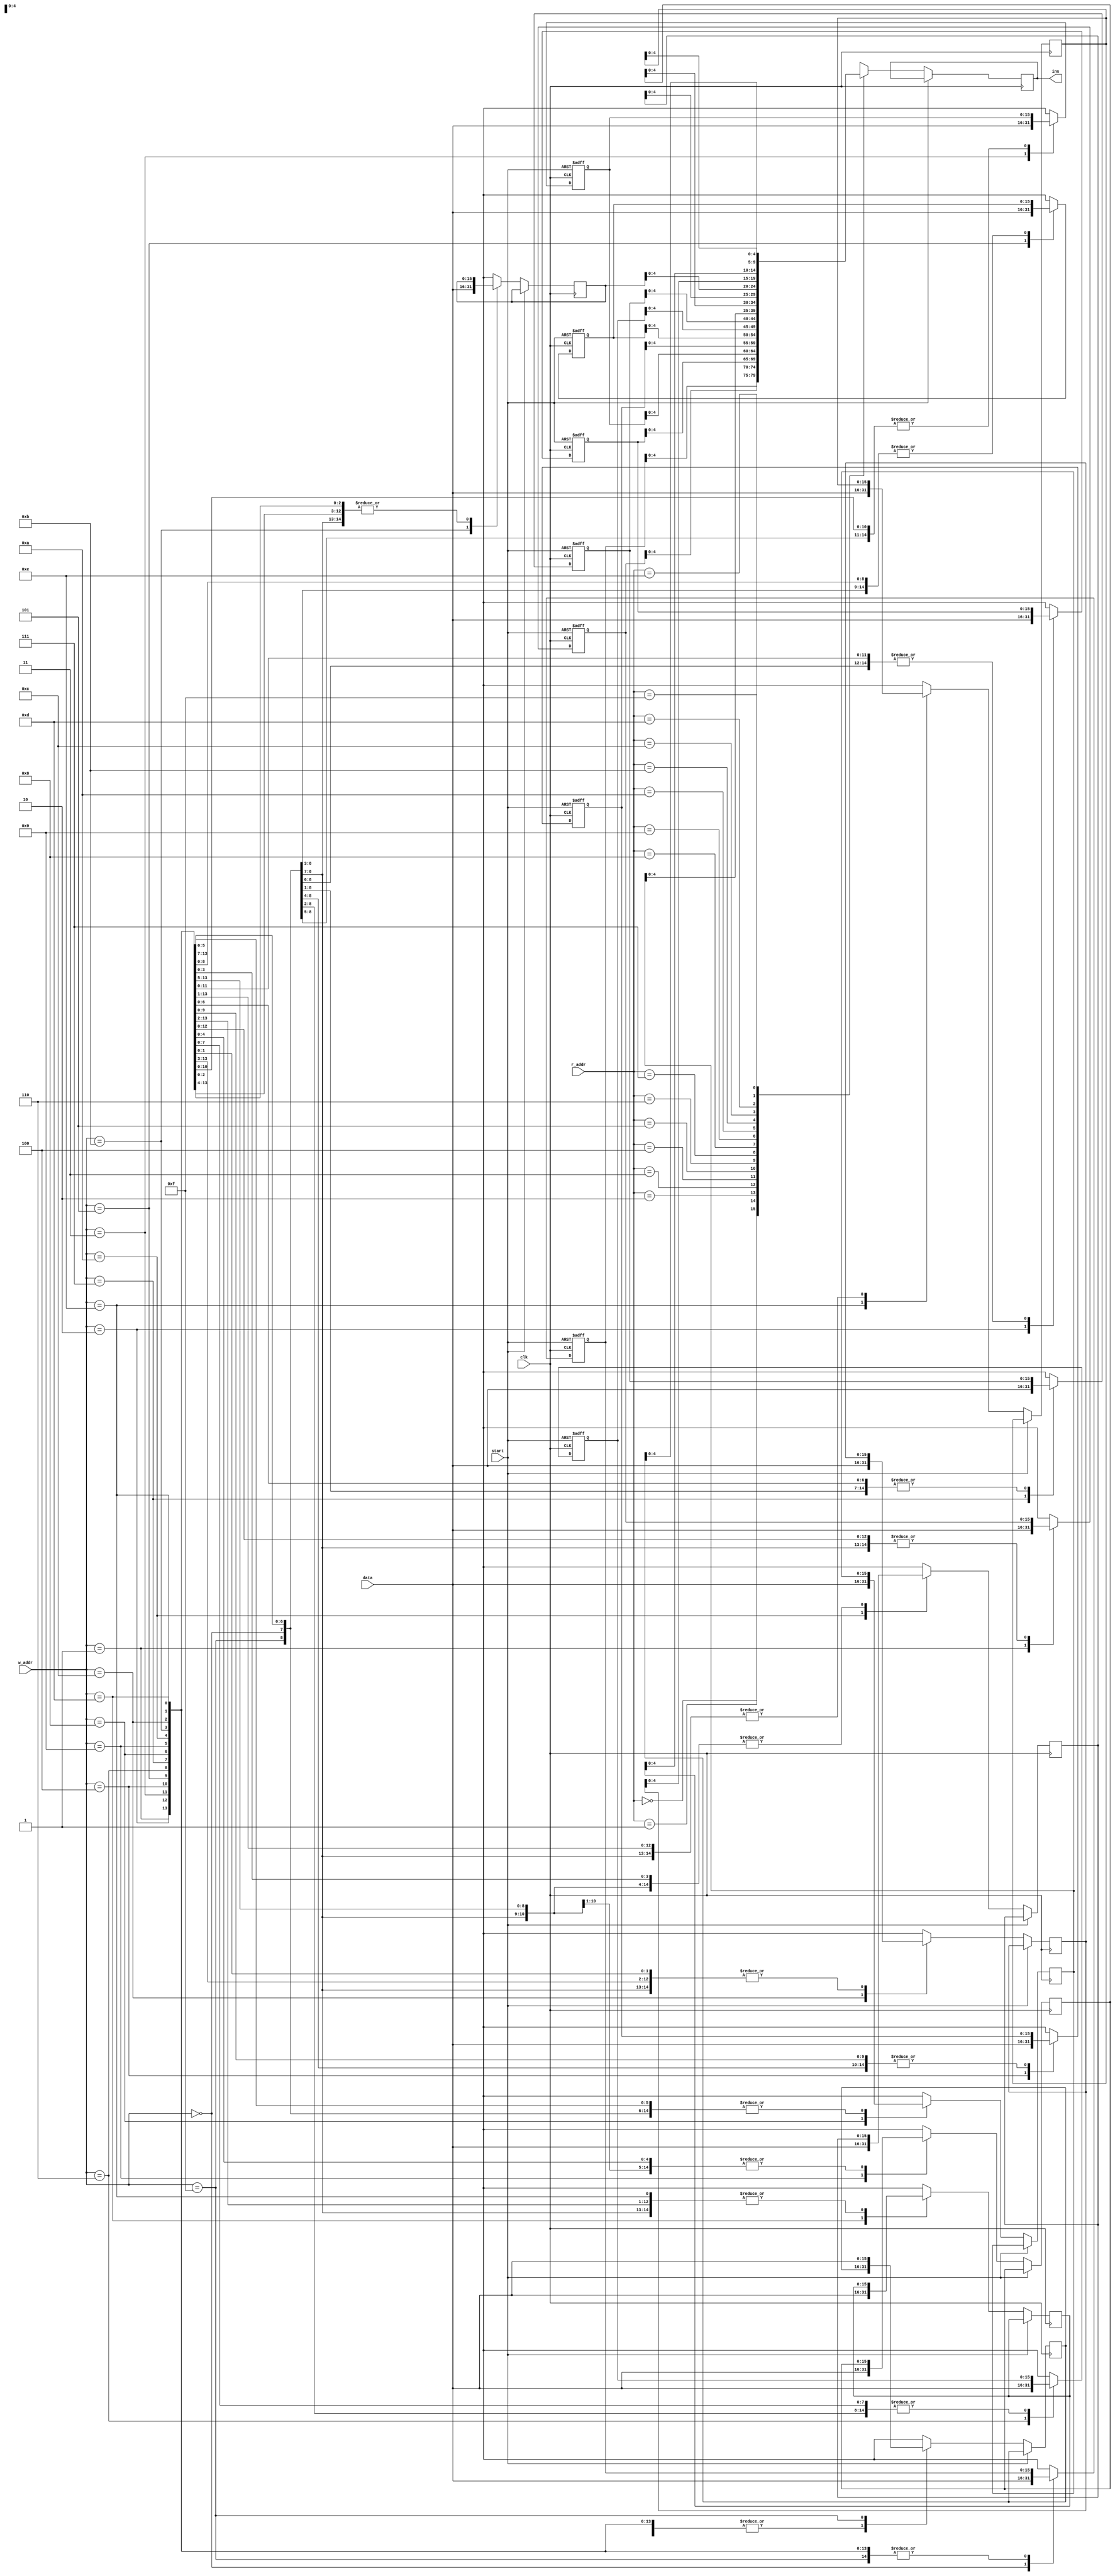
module mem_id(output reg [4:0] ins, input start, clk, input [15:0] data, input [3:0] w_addr, r_addr);
	
	reg [15:0] M [15:0];
	
	always @(posedge clk or posedge start)
	begin
		if(start)
		begin
			M[0] = 16'd1;
			M[1] = 16'd6;
			M[2] = 16'd4;
			M[3] = 16'd1;
			M[4] = 16'd4;
			M[5] = 16'd6;
			M[6] = 16'd1;
			M[7] = 16'd6;
		end
		else
		begin
			ins = M[r_addr][4:0];
			M[w_addr] = data;
		end
	end
endmodule